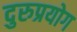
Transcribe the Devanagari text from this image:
दुरुप्रयोग